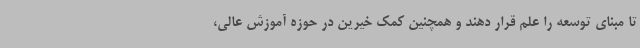
تا مبنای توسعه را علم قرار دهند و همچنین کمک خیرین در حوزه آموزش عالی،